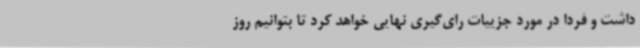
داشت و فردا در مورد جزییات رای‌گیری نهایی خواهد کرد تا بتوانیم روز